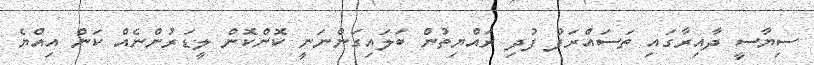
ސިޔާސީ ދާއިރާގައި ތަސައްރަފު ފުދި ރައްޔިތުން ބަލައިގަންނަނީ ކޮންކޮން ލީޑަރުންނެއް ކަން އިއްޔެ